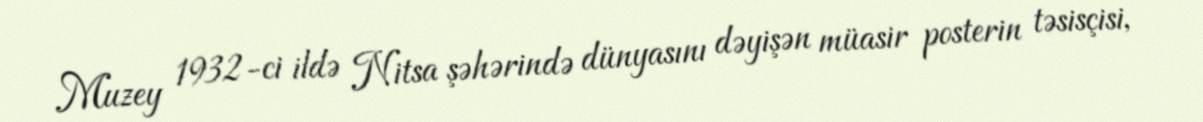
Muzey 1932-ci ildə Nitsa şəhərində dünyasını dəyişən müasir posterin təsisçisi,